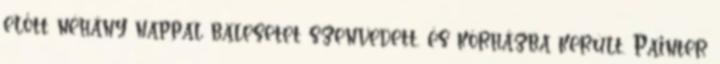
előtt néhány nappal balesetet szenvedett, és kórházba került. Painter